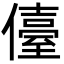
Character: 儓